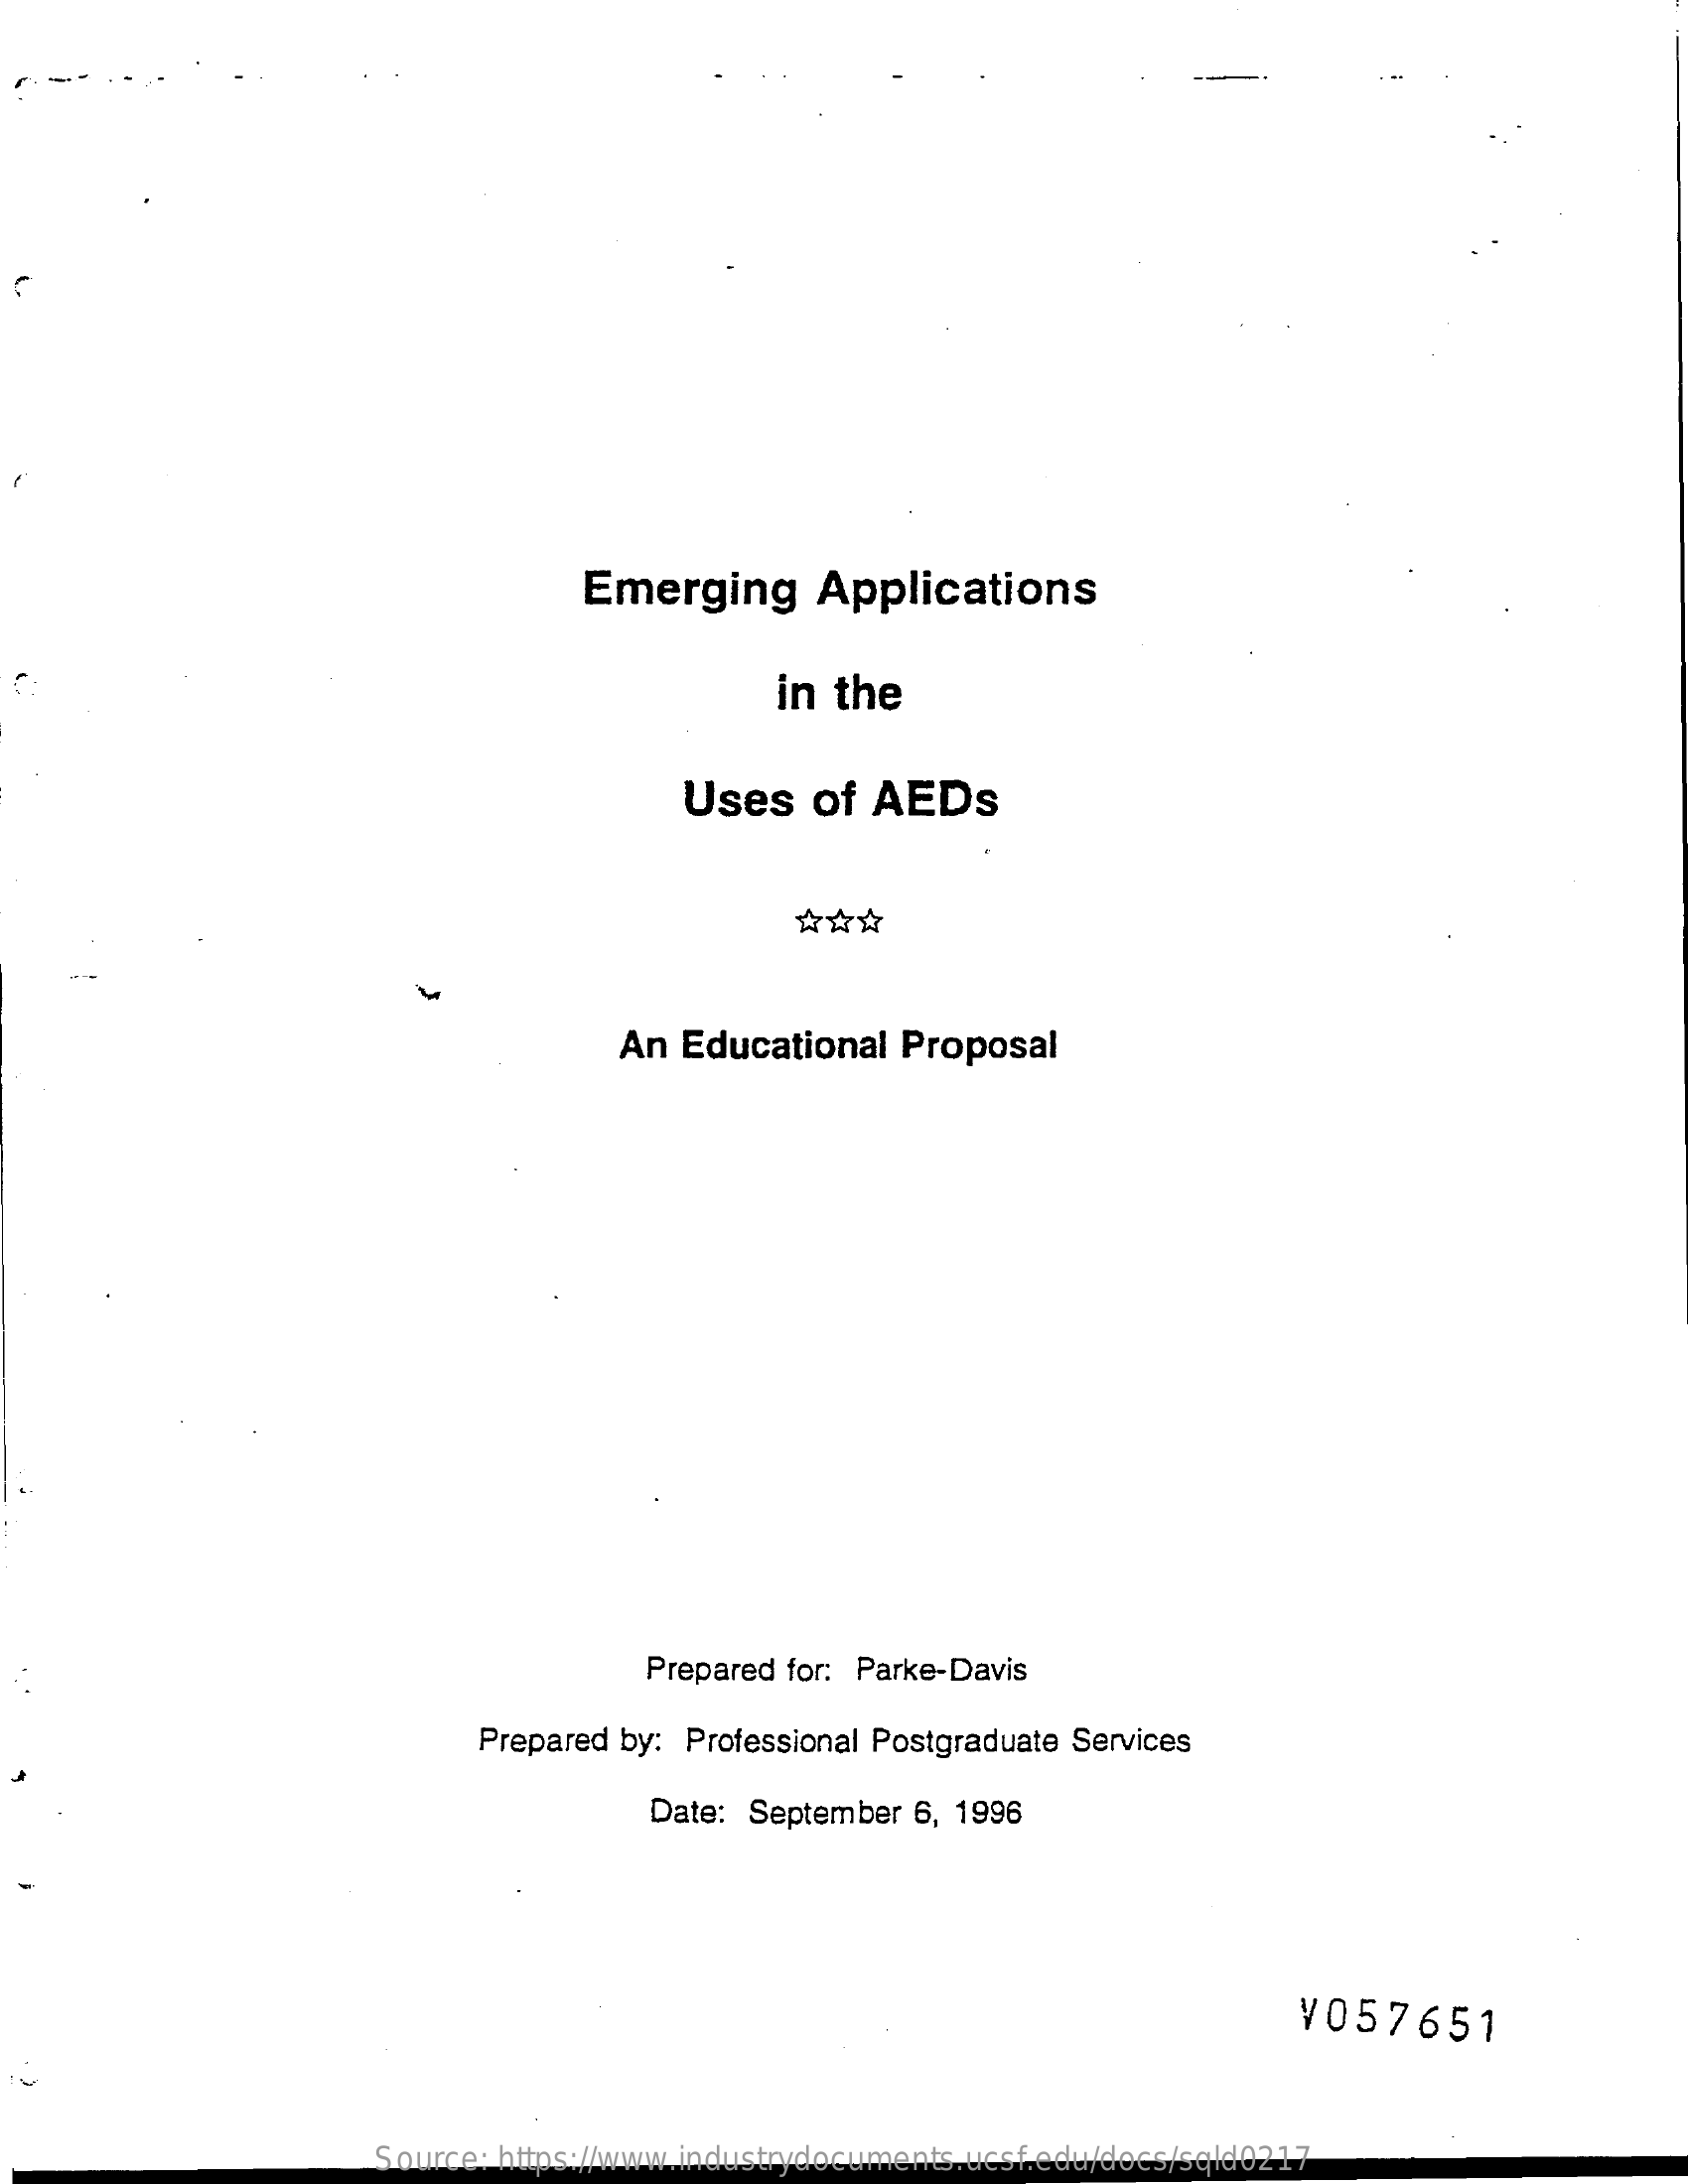
Emerging    Applications
     in  the
     Uses    of  AEDs
     ☆ ☆ ☆
     An  Educational   Proposal
     Prepared for: Parke-Davis
     Prepared by: Professional Postgraduate Services
     Date: September  6, 1996
     ¥057651
     Source: https://www.industrydocuments.ucsf.edu/docs/sqld0217